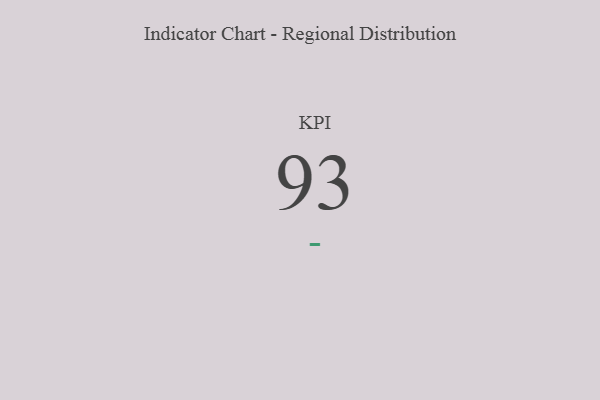
{"axis": {"x": "KPI", "y": "Value"}, "legend": [""], "data": [{"x": "KPI", "y": 93, "type": ""}]}